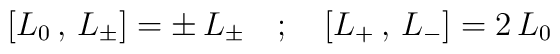
\left[ L_0 \, , \, L_\pm \right] = \pm \, L_\pm \quad ; \quad \left[ L_+ \, , \, L_- \right] = 2 \,  L_0